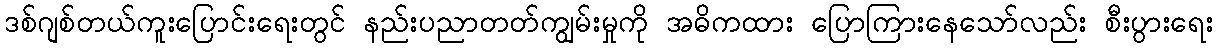
ဒစ်ဂျစ်တယ်ကူးပြောင်းရေးတွင် နည်းပညာတတ်ကျွမ်းမှုကို အဓိကထား ပြောကြားနေသော်လည်း စီးပွားရေး